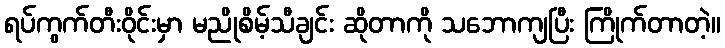
ရပ်ကွက်တီးဝိုင်းမှာ မညိုစိမ့်သီချင်း ဆိုတာကို သဘောကျပြီး ကြိုက်တာတဲ့။